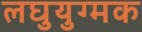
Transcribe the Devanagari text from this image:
लघुयुग्मक